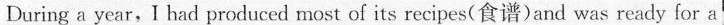
During a year,I had produced most of its recipes(食谱)and was ready for a